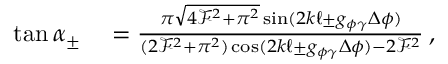
\begin{array} { r l } { \tan \alpha _ { \pm } } & { { } = \frac { \pi \sqrt { 4 \mathcal { F } ^ { 2 } + \pi ^ { 2 } } \sin ( 2 k \ell \pm \ensuremath { g _ { \phi \gamma } } \Delta \phi ) } { ( 2 \mathcal { F } ^ { 2 } + \pi ^ { 2 } ) \cos ( 2 k \ell \pm \ensuremath { g _ { \phi \gamma } } \Delta \phi ) - 2 \mathcal { F } ^ { 2 } } \: , } \end{array}